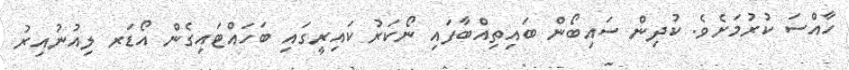
ހާއްސަ ކުރުމަށެވެ. ކުދިން ސައިބޯން ބައިތިއްބާފައި ނޯކަރު ކައިރީގައި ބަހައްޓައިގެން އޯޑަރ ލިއުނުއިރު